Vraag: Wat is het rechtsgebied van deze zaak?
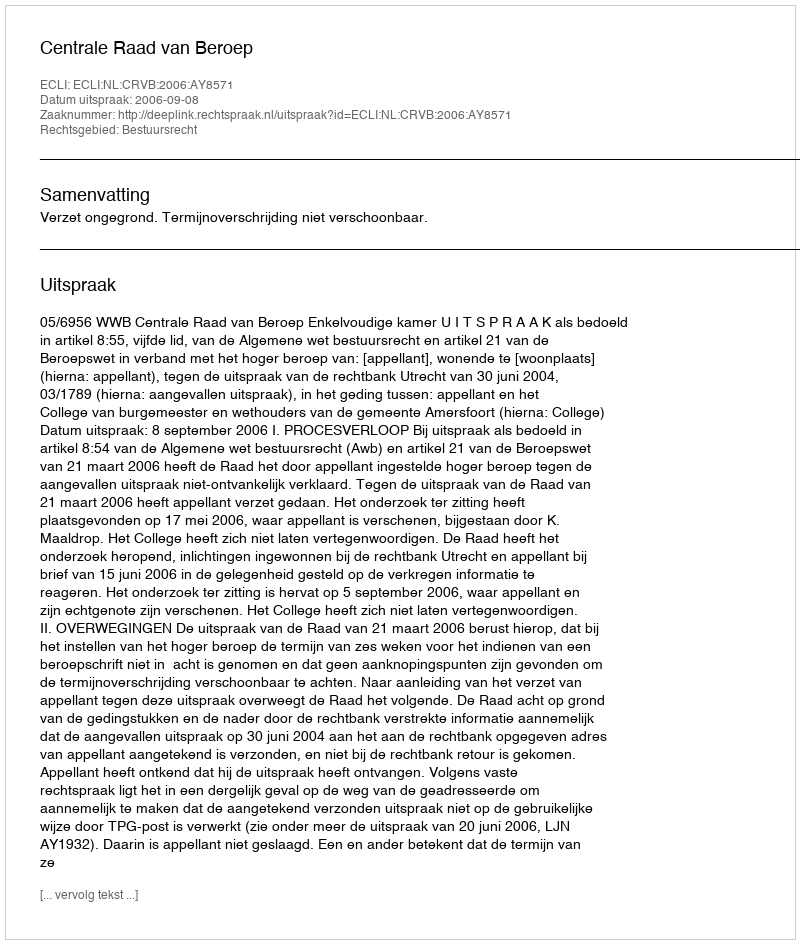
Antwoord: Bestuursrecht